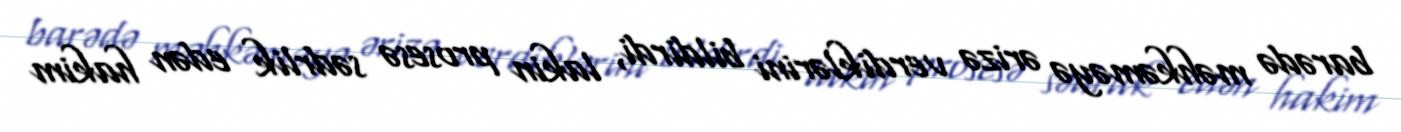
barədə məhkəməyə ərizə verdiklərini bildirdi, lakin prosesə sədrlik edən hakim